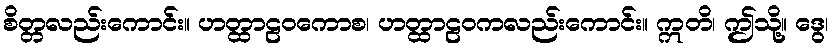
စိတ္တလည်းကောင်း။ ဟတ္ထာဠဝကောစ၊ ဟတ္ထာဠဝကလည်းကောင်း။ ဣတိ၊ ဤသို့။ ဒွေ၊